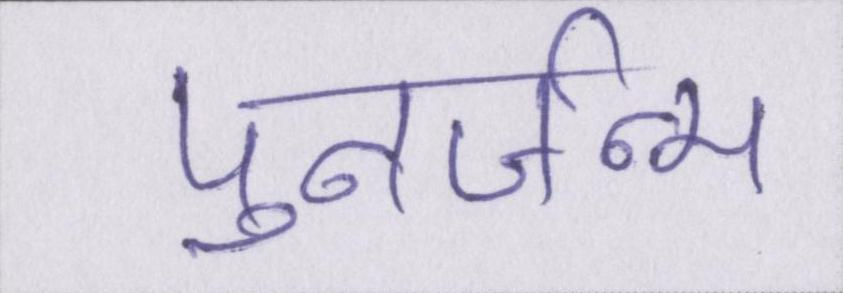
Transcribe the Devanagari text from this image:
पुनर्जन्म